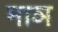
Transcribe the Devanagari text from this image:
माञ